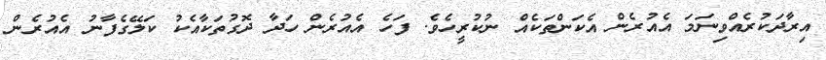
އިރާދަކުރެއްވިނަމަ އެއުރެން އެކަންތަކެއް ނުކުރީހެވެ. ފަހެ އެއުރެން ހަދާ ދޮގުތަކާއެކު ކަލޭގެފާނު އެއުރެން